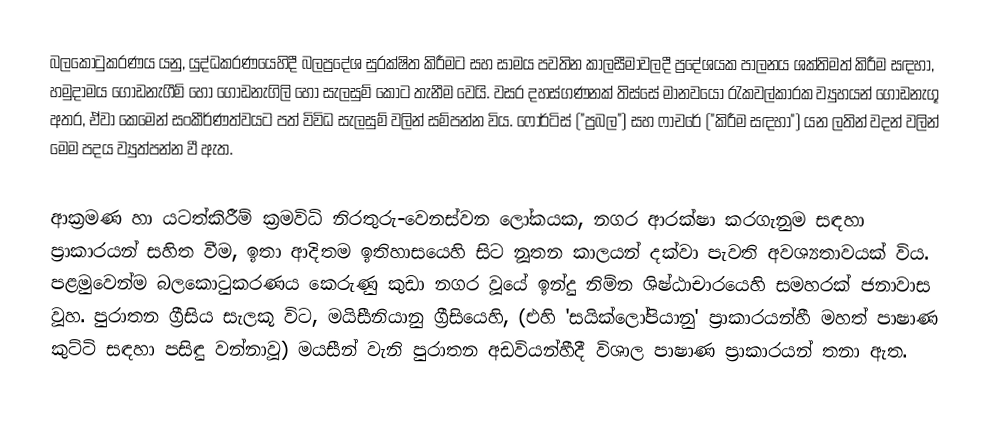
බලකොටුකරණය යනු,  යුද්ධකරණයෙහිදී බලප්‍රදේශ සුරක්ෂිත කිරීමට සහ සාමය පවතින කාලසීමාවලදී ප්‍රදේශයක පාලනය ශක්තිමත් කිරීම සඳහා, හමුදාමය ගොඩනැගීම් හෝ ගොඩනැගිලි හෝ සැලසුම් කොට තැනීම වෙයි. වසර දහස්ගණනක් තිස්සේ මානවයෝ රැකවල්කාරක ව්‍යුහයන් ගොඩනැගූ අතර, ඒවා කෙමෙන් සංකීර්ණත්වයට පත් විවිධ සැලසුම් වලින් සම්පන්න විය. ෆොර්ටිස් ("ප්‍රබල") සහ ෆාචරේ ("කිරීම සඳහා") යන ලතින් වදන් වලින් මෙම පදය ව්‍යුත්පන්න වී ඇත.

ආක්‍රමණ හා යටත්කිරීම් ක්‍රමවිධි නිරතුරු-වෙනස්වන  ලෝකයක, නගර ආරක්ෂා කරගැනුම සඳහා ප්‍රාකාරයන් සහිත වීම, ඉතා ආදිතම ඉතිහාසයෙහි සිට නූතන කාලයන් දක්වා පැවති අවශ්‍යතාවයක් විය. පළමුවෙන්ම බලකොටුකරණය කෙරුණු කුඩා නගර වූයේ ඉන්දු නිම්න ශිෂ්ඨාචාරයෙහි සමහරක් ජනාවාස වූහ. පුරාතන ග්‍රීසිය සැලකූ විට,  මයිසීනියානු ග්‍රීසියෙහි, (එහි 'සයික්ලෝපියානු' ප්‍රාකාරයන්හී මහත් පාෂාණ කුට්ටි සඳහා පසිඳු වන්නාවූ) මයසීන් වැනි පුරාතන අඩවියන්හීදී විශාල පාෂාණ ප්‍රාකාරයන් තනා ඇත.